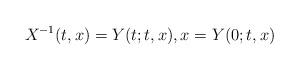
LaTeX: \begin{align*} X^{-1}(t, x) = Y(t; t, x), x = Y(0; t, x) \end{align*}